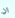
ان